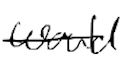
Text: would
Cross-out: single-line
Writing tool: digital_black